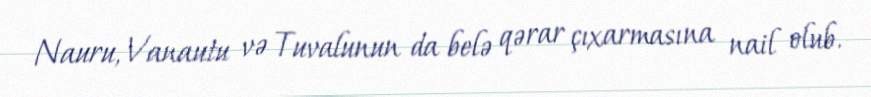
Nauru, Vanautu və Tuvalunun da belə qərar çıxarmasına nail olub.